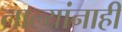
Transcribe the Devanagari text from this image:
नाल्यांनाही